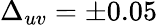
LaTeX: \Delta_{uv}=\pm 0.05